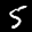
Label: 5